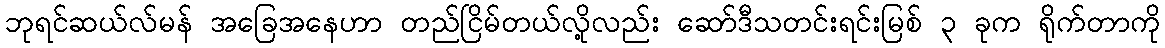
ဘုရင်ဆယ်လ်မန် အခြေအနေဟာ တည်ငြိမ်တယ်လို့လည်း ဆော်ဒီသတင်းရင်းမြစ် ၃ ခုက ရိုက်တာကို